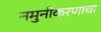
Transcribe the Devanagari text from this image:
नमुनीकरणाचा